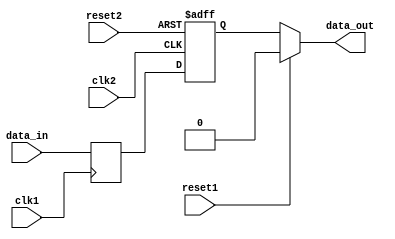
module timing_control_block (
    input wire clk1, // clock signal for domain 1
    input wire clk2, // clock signal for domain 2
    input wire reset1, // reset signal for domain 1
    input wire reset2, // reset signal for domain 2
    input wire data_in,
    output reg data_out
);

reg temp_reg1, temp_reg2;

always @(posedge clk1) begin
    temp_reg1 <= data_in;
end

always @(posedge clk2 or posedge reset2) begin
    if (reset2) begin
        temp_reg2 <= 1'b0; // reset data signal in domain 2
    end else begin
        temp_reg2 <= temp_reg1; // synchronize data signal from domain 1 to domain 2
    end
end

always @(*) begin
    if (reset1) begin
        data_out = 1'b0; // reset data output
    end else begin
        data_out = temp_reg2; // output synchronized data to destination clock domain
    end
end

endmodule